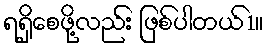
ရရှိစေဖို့လည်း ဖြစ်ပါတယ်1။